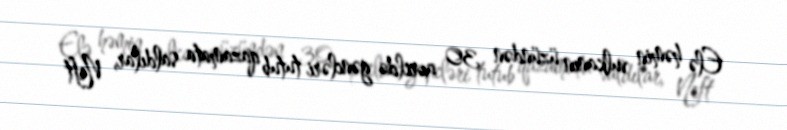
Elə həmin vulkanın üzündən 30 apreldə gəncləri tutub qazamata saldılar, Neft